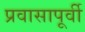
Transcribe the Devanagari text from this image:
प्रवासापूर्वी